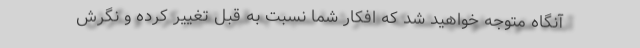
آنگاه متوجه خواهید شد که افکار شما نسبت به قبل تغییر کرده و نگرش